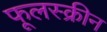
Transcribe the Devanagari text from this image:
फूलस्क्रीन